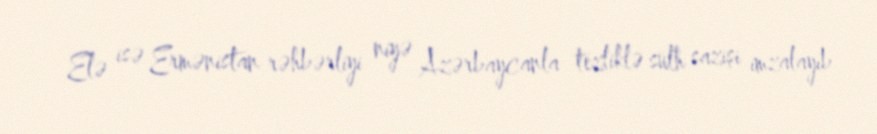
Elə isə Ermənistan rəhbərliyi niyə Azərbaycanla tezliklə sülh sazişi imzalayıb